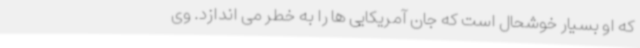
که او بسیار خوشحال است که جان آمریکایی ها را به خطر می اندازد. وی